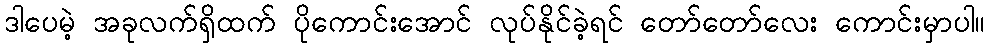
ဒါပေမဲ့ အခုလက်ရှိထက် ပိုကောင်းအောင် လုပ်နိုင်ခဲ့ရင် တော်တော်လေး ကောင်းမှာပါ။